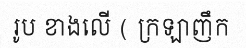
រូប ខាងលើ ( ក្រឡាញឹក